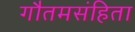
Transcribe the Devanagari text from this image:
गौतमसंहिता